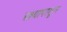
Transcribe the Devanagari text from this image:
दृश्यापासून